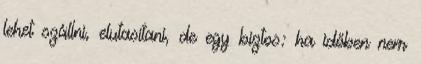
lehet szállni, elutasítani, de egy biztos: ha időben nem